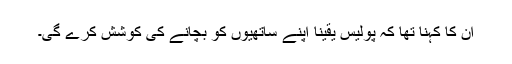
ان کا کہنا تھا کہ پولیس یقیناً اپنے ساتھیوں کو بچانے کی کوشش کرے گی۔